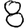
Digit: 8